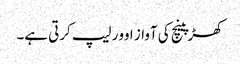
کھڑپینچ کی آواز اوور لیپ کرتی ہے۔